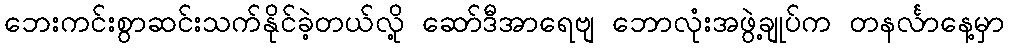
ဘေးကင်းစွာဆင်းသက်နိုင်ခဲ့တယ်လို့ ဆော်ဒီအာရေဗျ ဘောလုံးအဖွဲ့ချုပ်က တနင်္လာနေ့မှာ